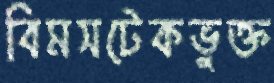
বিমসটেকভুক্ত